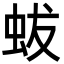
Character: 蛂